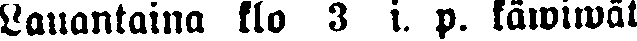
Lauantaina klo 3 i. p. käwiwät